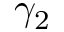
\gamma _ { 2 }